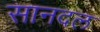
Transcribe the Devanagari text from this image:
सानदल